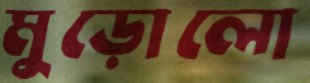
মুড়োলো